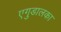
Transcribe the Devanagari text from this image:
एगुडालका